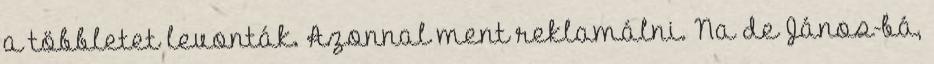
a többletet levonták. Azonnal ment reklamálni. Na de János-bá,